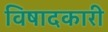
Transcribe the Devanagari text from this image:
विषादकारी